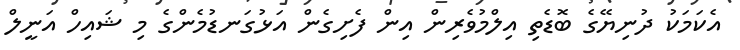
އެކަމަކު ދުނިޔޭގެ ބޮޑެތި އިލްމުވެރިން އިން ފެށިގެން އަޅުގަނޑުމެންގެ މި ޝައިހް އަނީލް